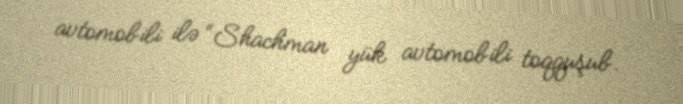
avtomobili ilə “Shachman yük avtomobili toqquşub.